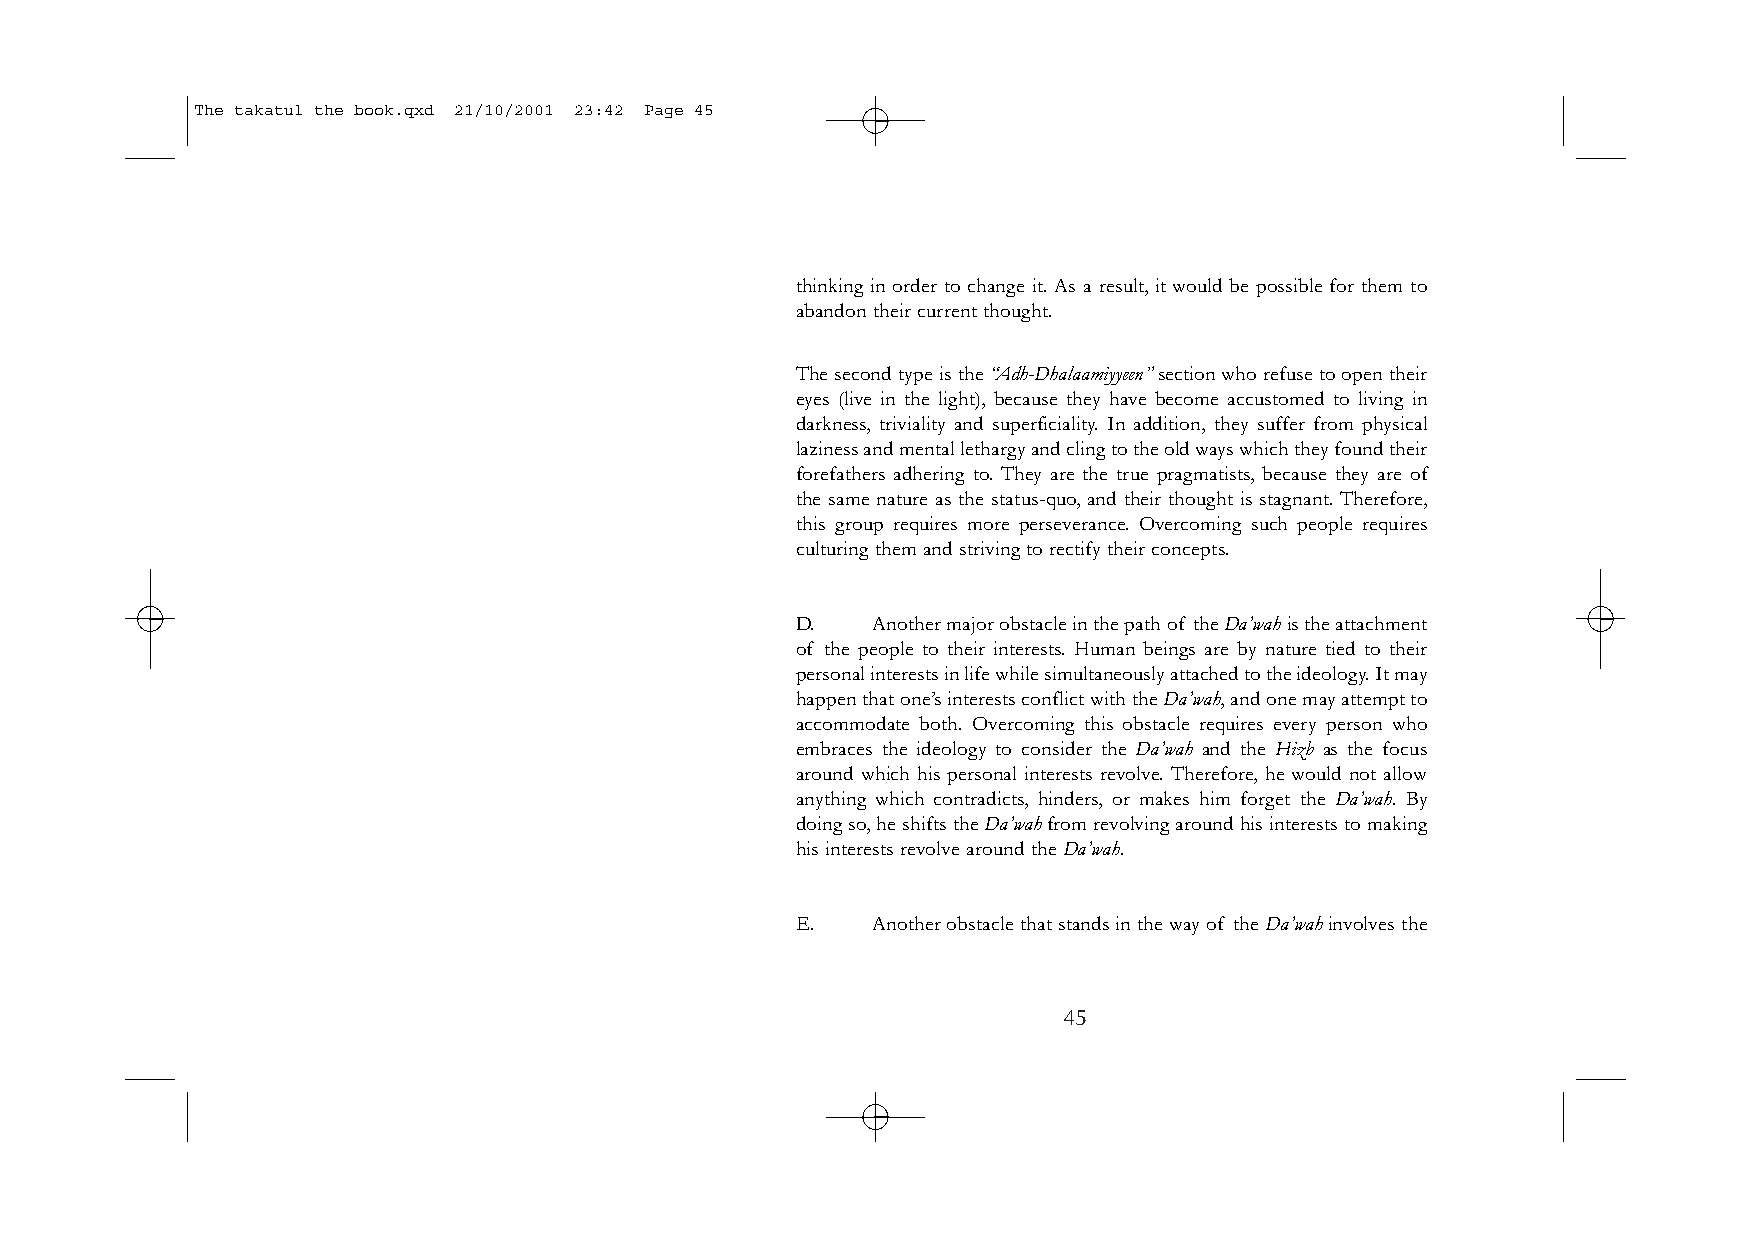
The takatul the book.qxd 21/10/2001 23:42 Page 45
 thinking in order to change it. As a result, it would be possible for them to
 abandon their current thought.
 The second type is the “Adh-Dhalaamiyyeen”section who refuse to open their
 eyes (live in the light), because they have become accustomed to living in
 darkness, triviality and superficiality. In addition, they suffer from physical
 laziness and mental lethargy and cling to the old ways which they found their
 forefathers adhering to. They are the true pragmatists, because they are of
 the same nature as the status-quo, and their thought is stagnant. Therefore,
 this group requires more perseverance. Overcoming such people requires
 culturing them and striving to rectify their concepts.
 D.   Another major obstacle in the path of the Da’wahis the attachment
 of the people to their interests. Human beings are by nature tied to their
 personal interests in life while simultaneously attached to the ideology.It may
 happen that one’s interests conflict with the Da’wah,and one may attempt to
 accommodate both. Overcoming this obstacle requires every person who
 embraces the ideology to consider the Da’wah and the Hizb as the focus
 around which his personal interests revolve. Therefore, he would not allow
 anything which contradicts, hinders, or makes him forget the Da’wah. By
 doing so,he shifts the Da’wahfrom revolving around his interests to making
 his interests revolve around the Da’wah.
 E.   Another obstacle that stands in the way of the Da’wahinvolves the
 45